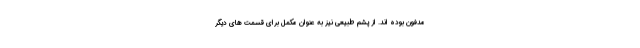
مدفون بوده اند. از پشم طبیعی نیز به عنوان مکمل برای قسمت های دیگر